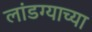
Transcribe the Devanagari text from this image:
लांडग्याच्या